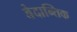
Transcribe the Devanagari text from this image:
वेदान्तिक